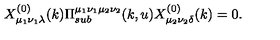
X _ { \mu _ { 1 } \nu _ { 1 } \lambda } ^ { ( 0 ) } ( k ) \Pi _ { s u b } ^ { \mu _ { 1 } \nu _ { 1 } \mu _ { 2 } \nu _ { 2 } } ( k , u ) X _ { \mu _ { 2 } \nu _ { 2 } \delta } ^ { ( 0 ) } ( k ) = 0 .